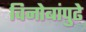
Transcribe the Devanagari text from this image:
विनोबांपुढे